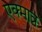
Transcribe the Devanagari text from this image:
एक्मात्र